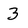
Character: 3